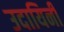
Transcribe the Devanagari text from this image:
उदायिनी